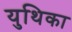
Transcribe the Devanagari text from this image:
युथिका